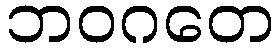
ဘဝဂတေ